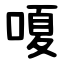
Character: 嗄